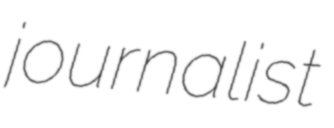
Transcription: journalist